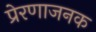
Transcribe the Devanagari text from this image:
प्रेरणाजनक